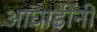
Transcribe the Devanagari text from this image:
आघाडींनी